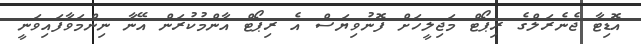
އޮޑިޓާ ޖެނެރަލްގެ ރިޕޯޓް މަޖިލީހަށް ފޮނުވިޔަސް އެ ރިޕޯޓް އާންމުކުރަން އޭނާ ނިންމަވާފައިވަނީ